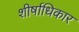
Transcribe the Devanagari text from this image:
शीर्षाधिकार